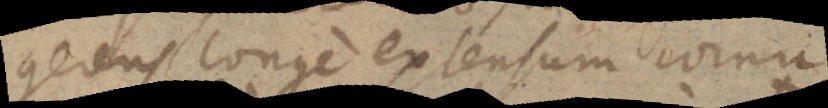
gerens longe extensum cornu